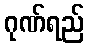
ဂုဏ်ရည်